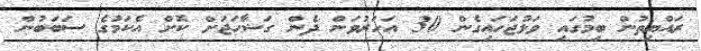
ރައްޔިތުން ބިމުގައި ވަޅުޖަހައިގެން 30 އަހަރުވަން ދެން ގަޟާޙަޖަށް ކޮށް އެކަމުގެ ސަބަބުން